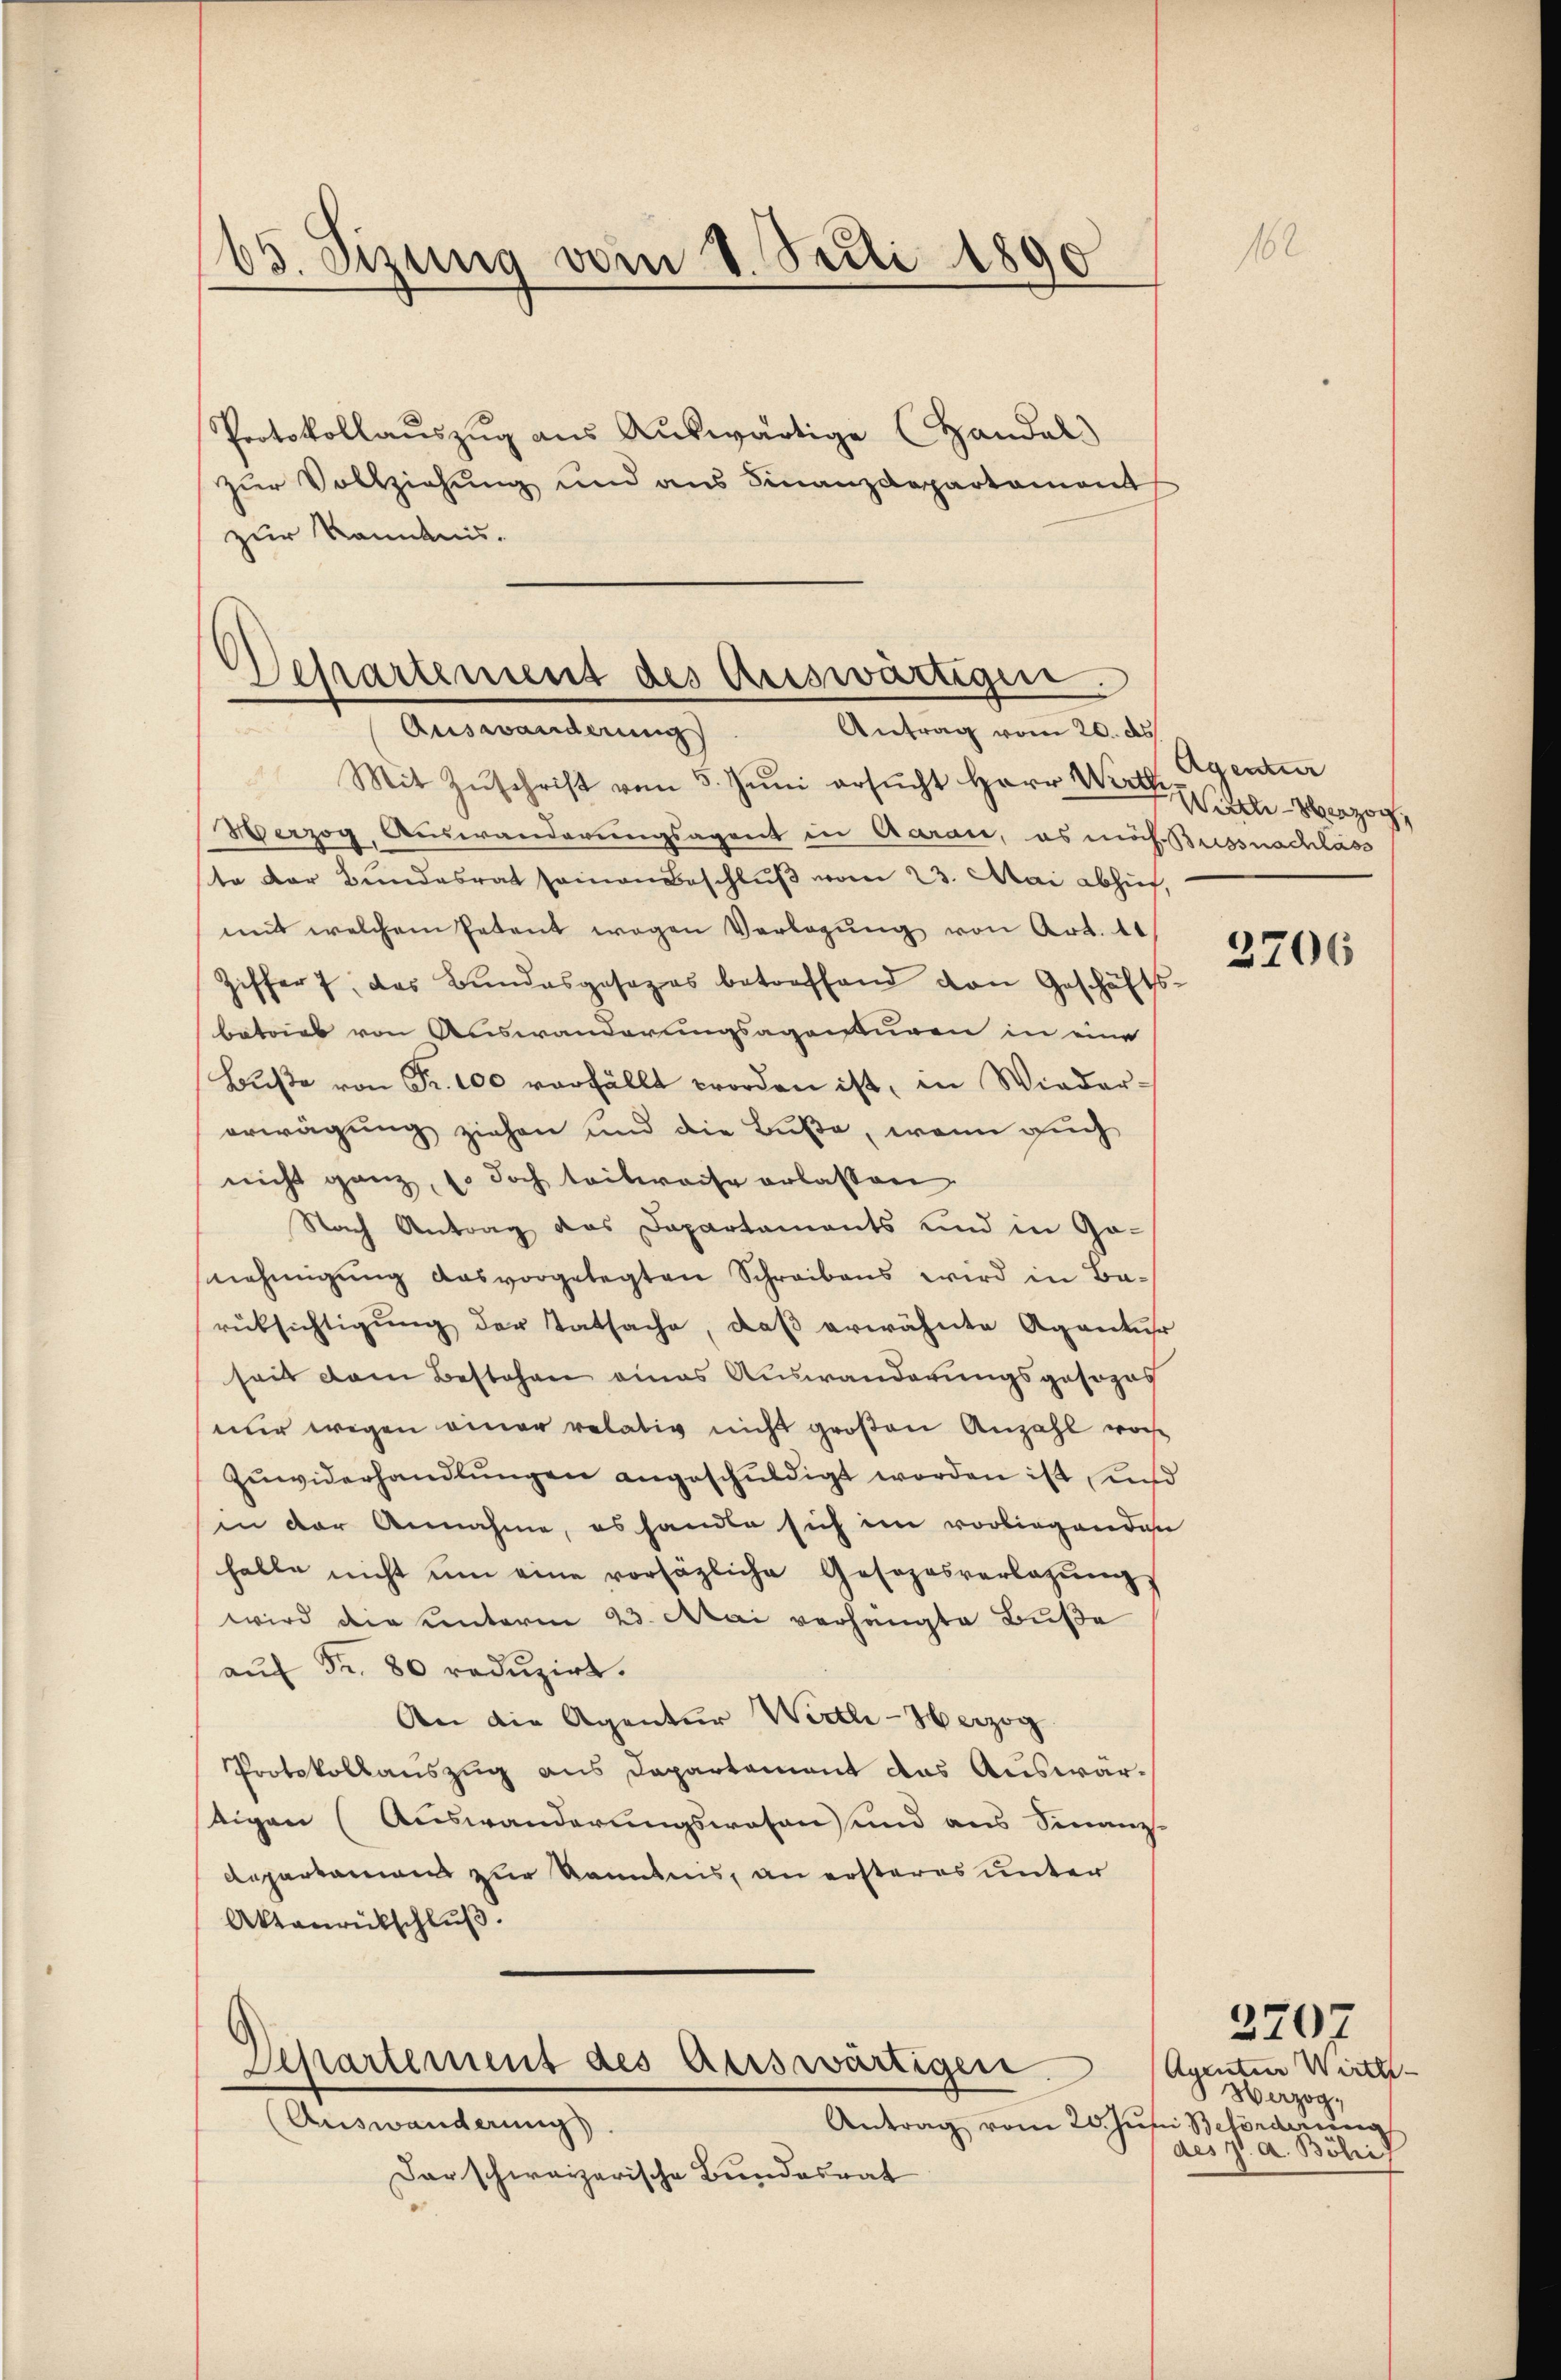
65. Sizung vom 1. Juli 1890

zŭr Vollziehŭng und ans Finanzdepartament
zur Kenntnis.

Protokollauszug aus Auswärtige Handel

Departement des Auswärtigen
Auswanderung
Antrag vom 20. ds.

Mit Zŭschrift vom 5. Juni ersucht Herr Wir herzog
Herzog, Auswanderungsagent in Aaraus, es möch Büssnachläss
te der Bŭndesrat seinen Beschlŭβ vom 23. Mai abhief,
mit welchem Petent wegen Verlegŭng von Art. 11
Ziffer, das Bundesgesezes betreffend von Geschäfts-
batrieb von Auswanderungsagenssuren in eine
Bŭβe von Fr. 100 verfällt worden ist, in Wieder-
erwägung ziehen und die Buße, wenn such
nicht ganz, so doch teilweise erlassen.
Nach Antrag das Dapartaments und in Ga-
nehmigung das vorgelegten Schreibens wird in Barüksichtigŭng der Tatsache, daβ erwähnte Agentur
seit dem Bestehen eines Auswanderungsgesezes
nur wegen einer relativ nicht großen Anzahl woch
Zŭwiderhandlŭngen angeschuldigt worden ist, und
in der Annahme, es handle sich im vorliegenden
halle nicht ŭm eine vorsätzliche Gesezesverlegŭng
wird die unterm 23. Mai verhängte Buße
aŭf Fr. 80 redŭzirt.
An die Agentur Wertli-Herzog
Protokollauszug aus Departement das Auswärtigen (Auswanderungswesen und aus Finanz-
Departamens zur Kenntnis, an ersteres unter
Aktanrückschlŭβ

darschweizerische Bundesrat

Separtement des Auswärtigen
Auswanderung
Antrag vom 20. Ju

Agentur

2706

Agentur Wirth
Werzog,
en Beförderung
des v. a. Böhis

270